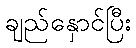
ချည်နှောင်ပြီး